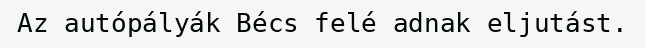
Az autópályák Bécs felé adnak eljutást.